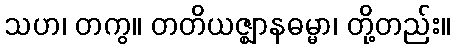
သဟ၊ တကွ။ တတိယဇ္ဈာနဓမ္မာ၊ တို့တည်း။